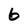
Character: 6